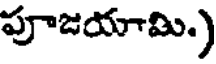
పూజయామి.)